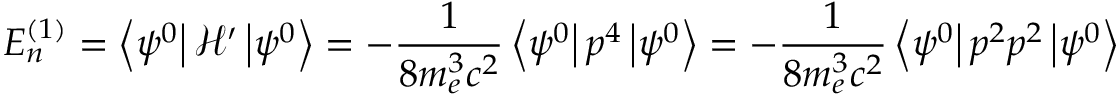
E _ { n } ^ { ( 1 ) } = \left\langle \psi ^ { 0 } \right\vert { \mathcal { H } } ^ { \prime } \left\vert \psi ^ { 0 } \right\rangle = - { \frac { 1 } { 8 m _ { e } ^ { 3 } c ^ { 2 } } } \left\langle \psi ^ { 0 } \right\vert p ^ { 4 } \left\vert \psi ^ { 0 } \right\rangle = - { \frac { 1 } { 8 m _ { e } ^ { 3 } c ^ { 2 } } } \left\langle \psi ^ { 0 } \right\vert p ^ { 2 } p ^ { 2 } \left\vert \psi ^ { 0 } \right\rangle